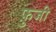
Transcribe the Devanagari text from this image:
फ़ुजी